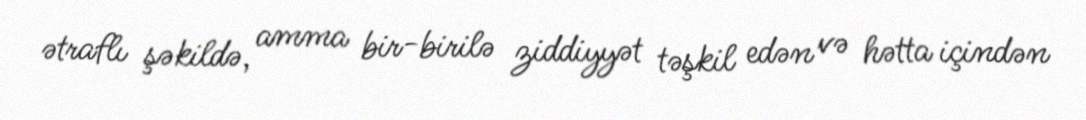
ətraflı şəkildə, amma bir-birilə ziddiyyət təşkil edən və hətta içindən